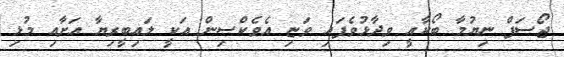
ޖޯސަފް ނިޔުމާ ބޯކާއީ ވިދާޅުވެފައި ވަޏި އެވެކްސިން އަކީ ލައިބީރިޔާ އަށާއި މުޅި